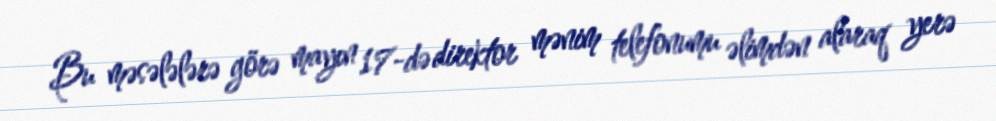
Bu məsələlərə görə mayın 17-də direktor mənim telefonumu əlimdən alaraq yerə